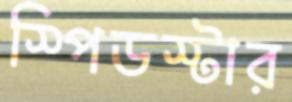
স্পিডস্টার